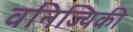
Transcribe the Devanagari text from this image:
वनिज्यिकी